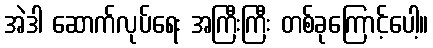
အဲဒါ ဆောက်လုပ်ရေး အကြီးကြီး တစ်ခုကြောင့်ပေါ့။